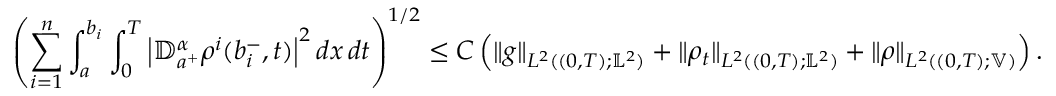
\begin{array} { r } { \displaystyle \left( \displaystyle \sum _ { i = 1 } ^ { n } \int _ { a } ^ { b _ { i } } \int _ { 0 } ^ { T } \left| \mathbb { D } _ { a ^ { + } } ^ { \alpha } \rho ^ { i } ( b _ { i } ^ { - } , t ) \right| ^ { 2 } d x \, d t \right) ^ { 1 / 2 } \leq \displaystyle C \left( \| g \| _ { L ^ { 2 } ( ( 0 , T ) ; \mathbb { L } ^ { 2 } ) } + \| \rho _ { t } \| _ { L ^ { 2 } ( ( 0 , T ) ; \mathbb { L } ^ { 2 } ) } + \| \rho \| _ { L ^ { 2 } ( ( 0 , T ) ; \mathbb { V } ) } \right) . } \end{array}